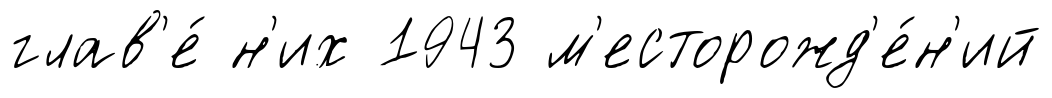
глав'е́ н'их 1943 м'есторожд'е́н'ий